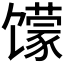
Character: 𱄈